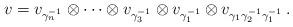
LaTeX: \begin{align*} v = v_{\gamma_n^{-1}} \otimes \dots \otimes v_{\gamma_3^{-1}} \otimes v_{\gamma_1^{-1}} \otimes v_{\gamma_1 \gamma_2^{-1} \gamma_1^{-1}} \, . \end{align*}